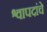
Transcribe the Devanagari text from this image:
श्वापदांचे